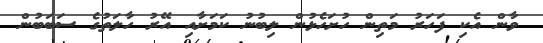
ވާން އެކި ފަހަރު މަތިން ހުށަހެޅުން ލިބުނު ކަމަށާއި އޭރު ހާލަތުގެ ސަބަބުން